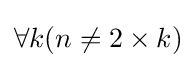
\forall k(n\neq 2\times k)